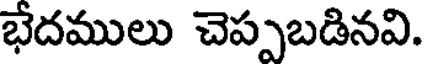
భేదములు చెప్పబడినవి.